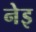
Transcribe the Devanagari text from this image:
नेइ